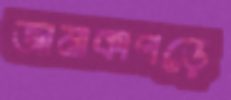
জামাকাপড়ে